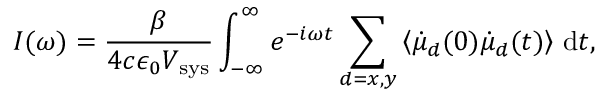
I ( \omega ) = { \frac { \beta } { 4 c \epsilon _ { 0 } V _ { \mathrm { s y s } } } } \int _ { - \infty } ^ { \infty } e ^ { - i \omega t } \sum _ { d = x , y } \left< \dot { \mu } _ { d } ( 0 ) \dot { \mu } _ { d } ( t ) \right> \, \mathrm { d } t ,